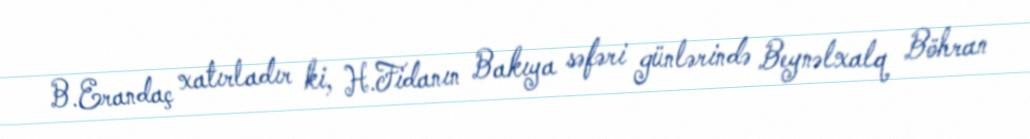
B.Erandaç xatırladır ki, H.Fidanın Bakıya səfəri günlərində Beynəlxalq Böhran